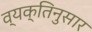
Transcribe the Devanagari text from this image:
व्यक्तिनुसार